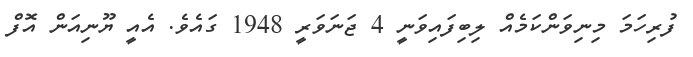
ފުރިހަމަ މިނިވަންކަމެއް ލިބިފައިވަނީ 4 ޖަނަވަރީ 1948 ގައެވެ. އެއީ ޔޫނިއަން އޮފް